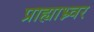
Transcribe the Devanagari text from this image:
प्राह्याभ्न्वर